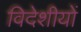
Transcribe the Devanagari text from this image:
विदेशीयों